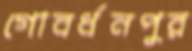
গোবর্ধনপুর